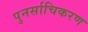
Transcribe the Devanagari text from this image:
पुनर्साचिकरण